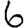
Digit: 6